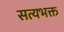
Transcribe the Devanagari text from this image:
सत्यभक्त